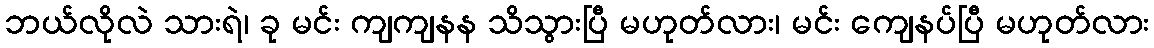
ဘယ်လိုလဲ သားရဲ၊ ခု မင်း ကျကျနန သိသွားပြီ မဟုတ်လား၊ မင်း ကျေနပ်ပြီ မဟုတ်လား